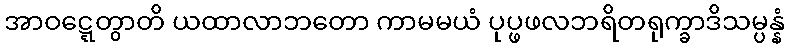
အာဝဋ္ဋေတွာတိ ယထာလာဘတော ကာမမယံ ပုပ္ဖဖလဘရိတရုက္ခာဒိသမ္ပန္နံ